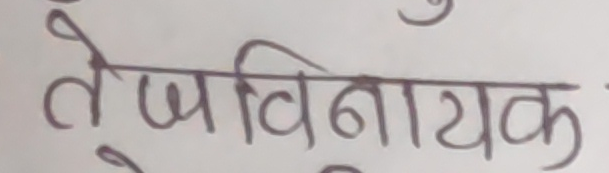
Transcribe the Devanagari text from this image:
तेजविनायक